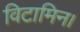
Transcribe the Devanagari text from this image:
विटामिन।